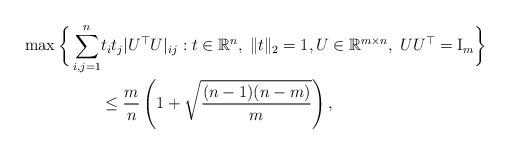
LaTeX: \begin{align*}\max \bigg\lbrace \sum_{i,j=1}^n & t_it_j|U^\top U|_{ij}:t\in\mathbb{R}^n,\;\|t\|_2=1,U\in \mathbb{R}^{m\times n},\; UU^\top={\rm I}_m \bigg\rbrace \\& \le\frac{m}{n} \left( 1 + \sqrt{\frac{(n-1)(n-m)}{m}} \right),\end{align*}